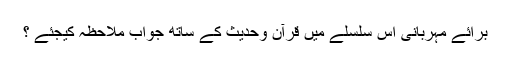
برائے مہربانی اس سلسلے میں قرآن وحدیث کے ساتھ جواب ملاحظہ کیجئے ؟